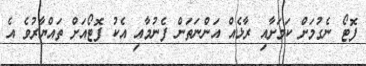
ފޮޓޯ ނެގުމަށް ކަމަށާއި ރާޅެއް އަންނަތަން ފެނުމާއި އެކު ފޮޓޯއަށް ތައްޔާރުވެ އެ